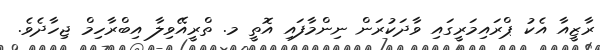
ރާޒީއާ އެކު ޕްރައިމަރީގައި ވާދަކުރަން ނިންމާފައި އޮތީ މ. ތްރީއޭވިލާ އިބްރާހިމް ޖިހާދެވެ.